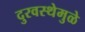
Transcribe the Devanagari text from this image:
दुरवस्थेमुळे